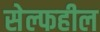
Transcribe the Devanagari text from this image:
सेल्फहील